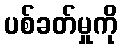
ပစ်ခတ်မှုကို